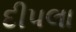
દીપલા